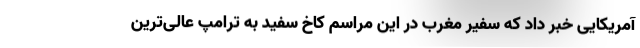
آمریکایی خبر داد که سفیر مغرب در این مراسم کاخ سفید به ترامپ عالی‌ترین